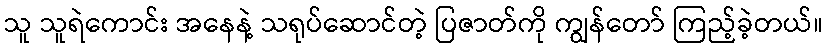
သူ သူရဲကောင်း အနေနဲ့ သရုပ်ဆောင်တဲ့ ပြဇာတ်ကို ကျွန်တော် ကြည့်ခဲ့တယ်။